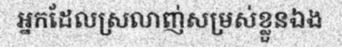
អ្នកដែលស្រលាញ់សម្រស់ខ្លួនឯង